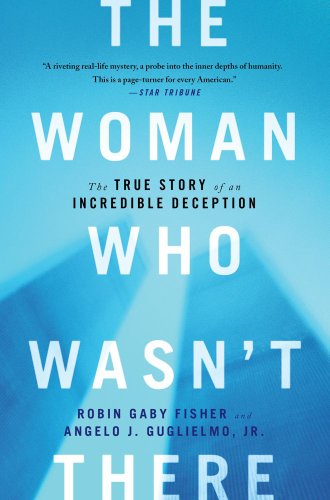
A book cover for The Woman Who Wasn't There: The True Story of an Incredible Deception; Robin Gaby Fisher; Biographies & Memoirs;